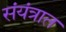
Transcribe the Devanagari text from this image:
संयंत्रात